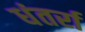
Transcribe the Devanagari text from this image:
धंतर्रा